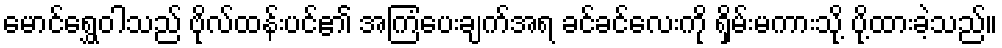
မောင်ရွှေဝါသည် ဗိုလ်ထန်းပင်၏ အကြံပေးချက်အရ ခင်ခင်လေးကို ရှိမ်းမကားသို့ ပို့ထားခဲ့သည်။